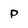
Character: p